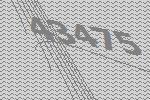
43475